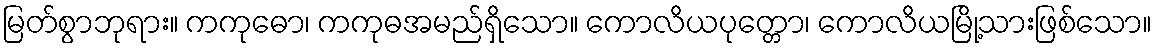
မြတ်စွာဘုရား။ ကကုဓော၊ ကကုဓအမည်ရှိသော။ ကောလိယပုတ္တော၊ ကောလိယမြို့သားဖြစ်သော။